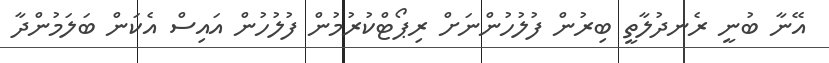
އޭނާ ބުނީ ރެނދުލާތީ ބިރުން ފުލުހުންނަށް ރިޕޯޓްކުރުމުން ފުލުހުން އައިސް އެކަން ބަލަމުންދާ